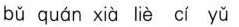
bǔ quán xià líè cí yǔ